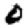
Digit: 0